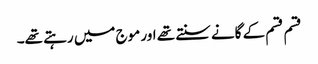
قسم قسم کے گانے سنتے تھے اور موج میں رہتے تھے۔